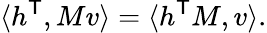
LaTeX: \langle h^{\mathsf{T}},Mv\rangle=\langle h^{\mathsf{T}}M,v\rangle.